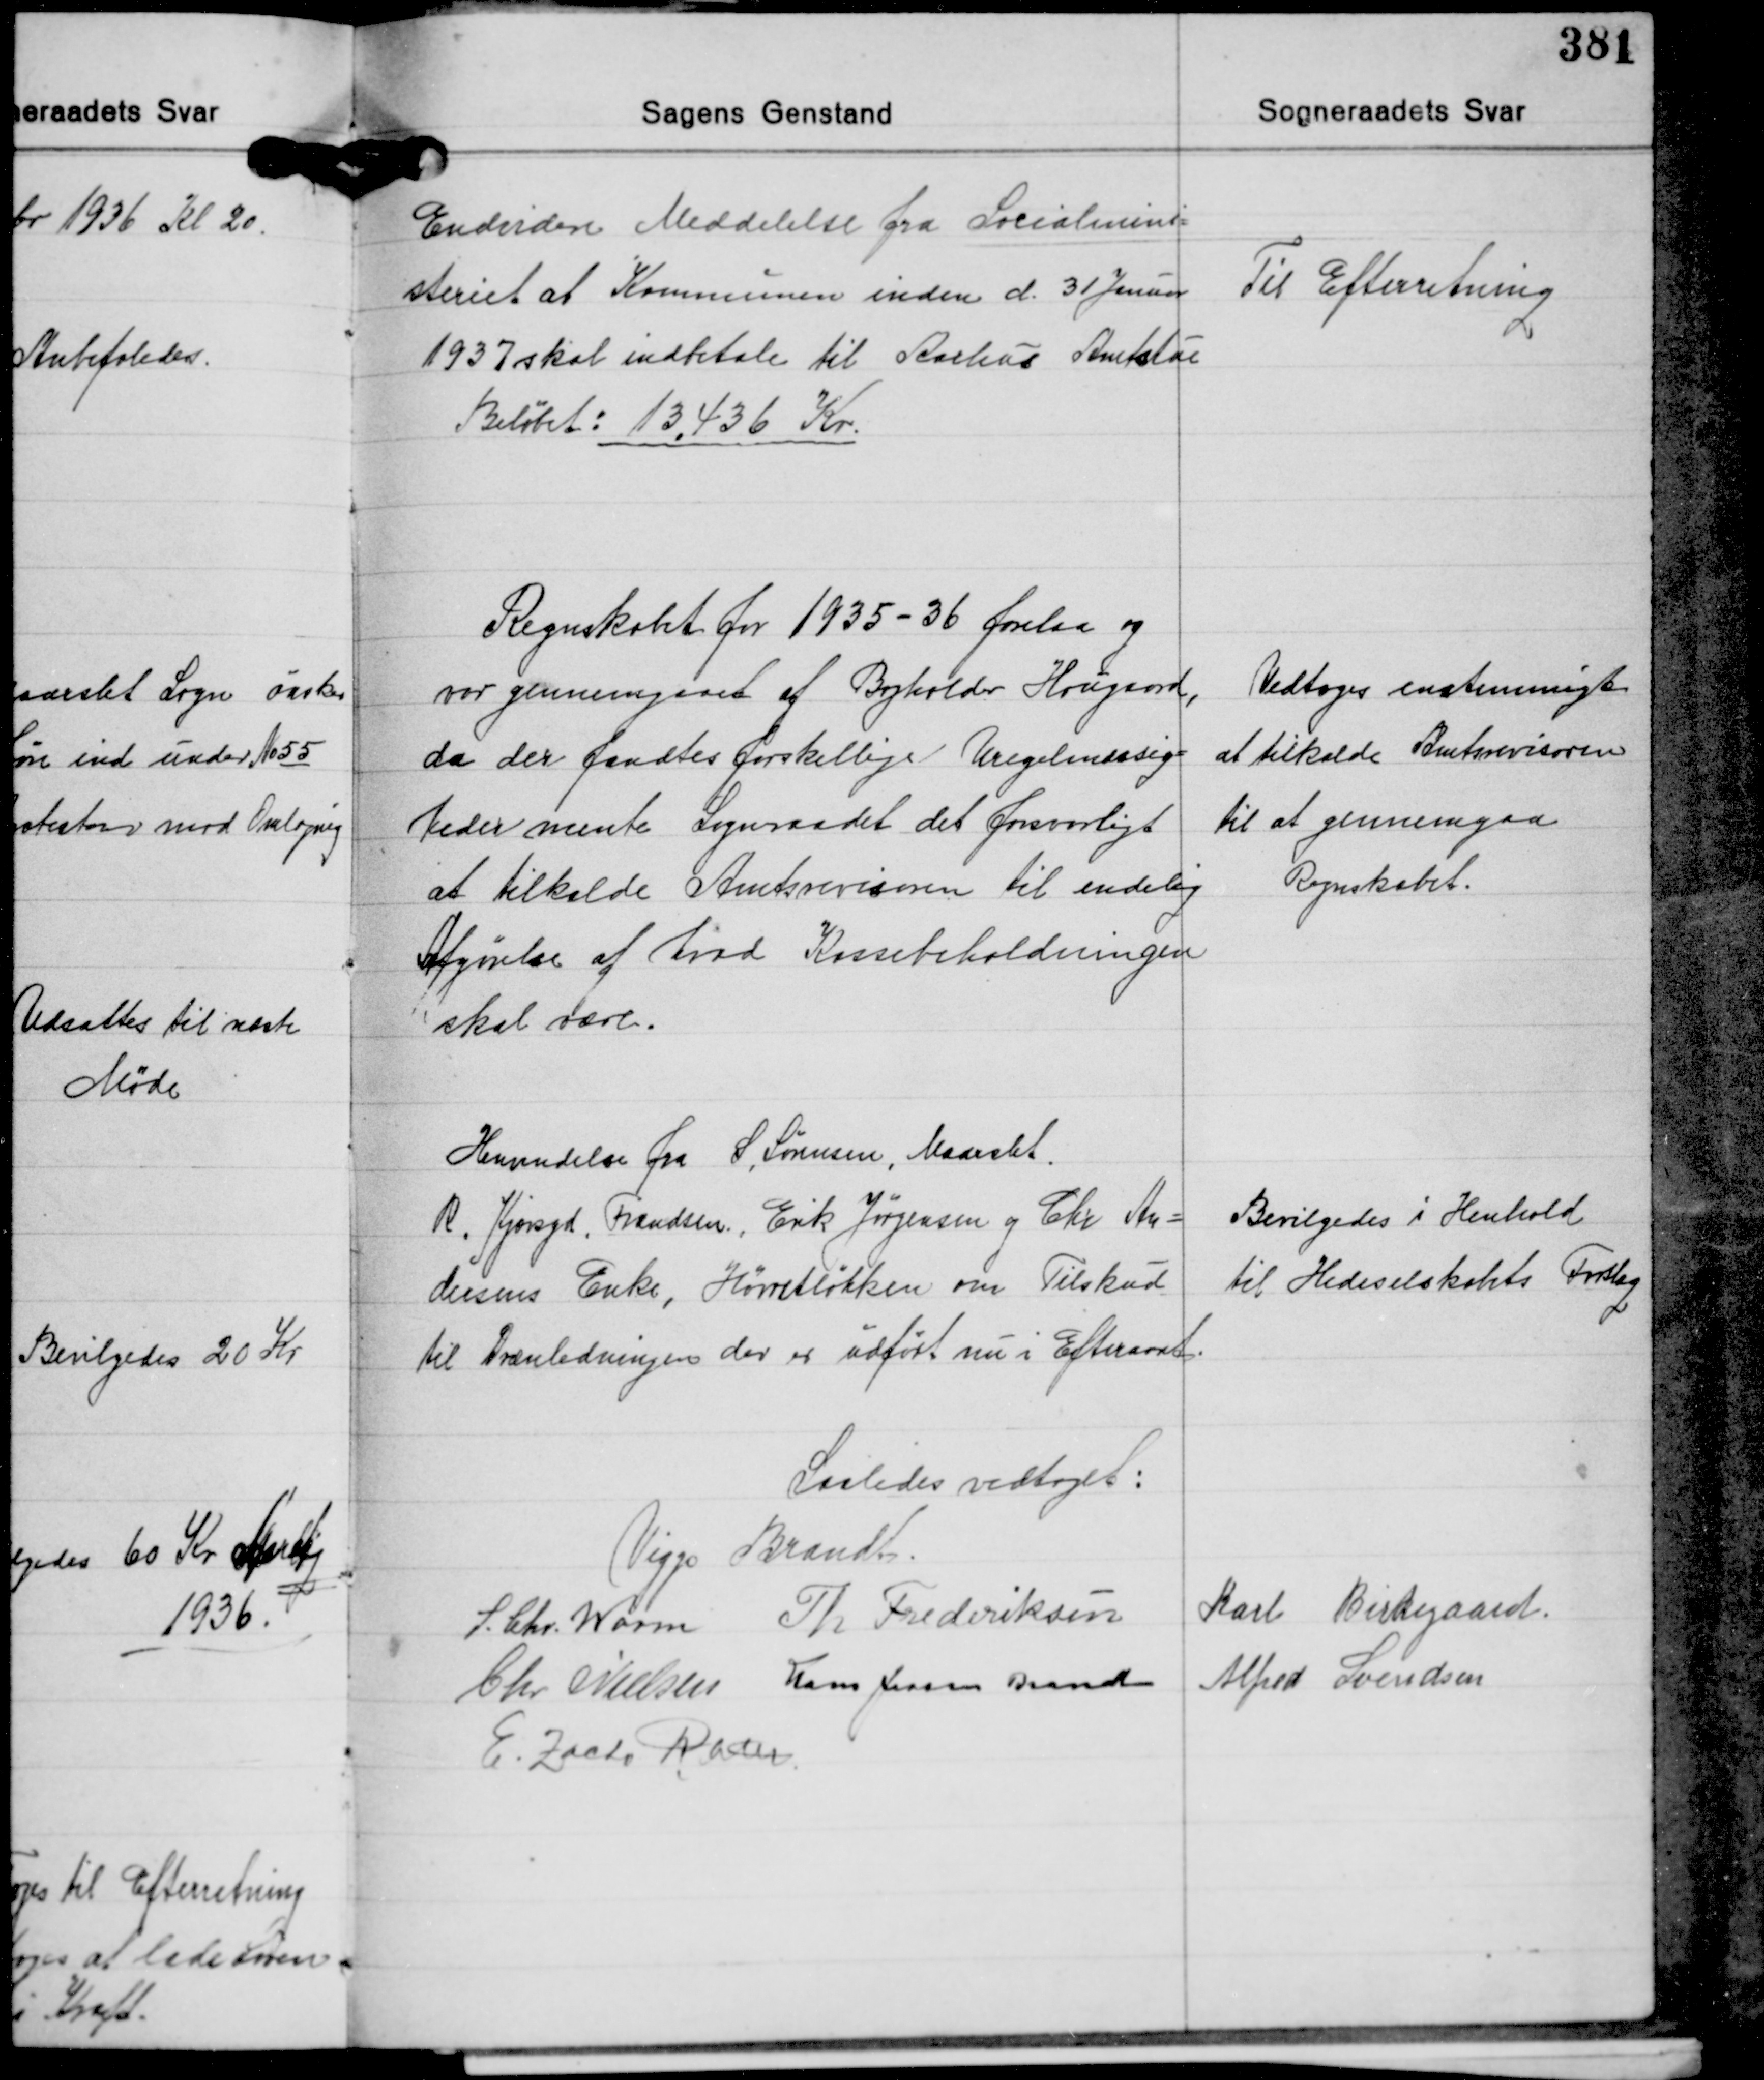
Transskription:
Endvidere Meddelelse fra Socialmini-
steriet at Kommunen inden d. 31 Januar
1937 skal indbetale til Aarhus Amtstue
Beløbet: 13.436 Kr.

Til Efterretning

Regnskabet for 1935-36 forelaa og
var gennemgaaet af Bogholder Hougaard,
da der fandtes forskellige Uregelmæssig-
heder mente sognraadet det forsvarligt
at tilkalde Amtsrevisoren til endelig
afgørelse af hvad Kassebeholdningen
skal være.

Vedtoges enstemmigt
at tilkalde Amtsrevisoren
til at gennemgaa
Rgnskabet.

Henvendelse fra S. Sørensen, Maarslet.
R. Kjærsgd., Frandsen, Erik Jørgensen og Chr. An-
dersens Enke, Hørretløkken om Tilskud
til Drænledningen der er udført nu i Efteraaret.

Bevilgedes i Henhold
til Hedeselskabets Forslag

Saaledes vedtaget:
Viggo Brandt
S. Chr. Worm Th. Frederiksen Karl Birkegaard
Chr. Nielsen Hans Jessen Brandt Alfred Svendsen
E. Zacho Rath